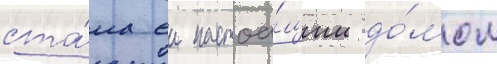
ста́ла еи настоа́щим до́мом